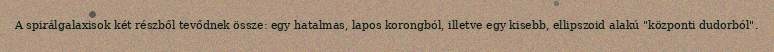
A spirálgalaxisok két részből tevődnek össze: egy hatalmas, lapos korongból, illetve egy kisebb, ellipszoid alakú "központi dudorból".